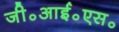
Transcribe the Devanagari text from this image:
जी॰आई॰एस॰